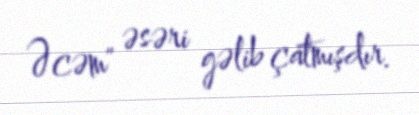
Əcəm" əsəri gəlib çatmışdır.